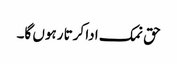
حق نمک ادا کرتا رہوں گا۔